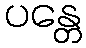
ပန္တေ